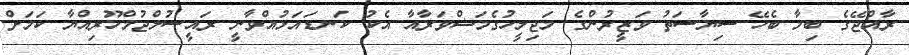
ރާއްޖޭގެ ބިމާ ބެހޭ ސިޔާސަތު ވަޒީރުންގެ މަޖިލީހުގެމަޝްވަރާއާ އެކު ކަނޑައަޅުއްވާނީ ރައީސުލްޖުމްހޫރިއްޔާ ކަމަށް